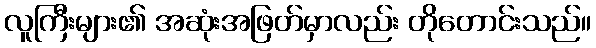
လူကြီးများ၏ အဆုံးအဖြတ်မှာလည်း တိုတောင်းသည်။